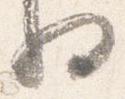
将